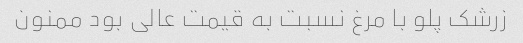
زرشک پلو با مرغ نسبت به قیمت عالی بود ممنون